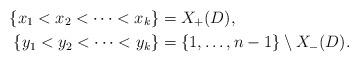
LaTeX: \begin{align*}\{x_1 < x_2 < \cdots < x_k\} & = X_+(D),\\ \{y_1 < y_2 < \cdots < y_k \} & = \{1, \dotsc, n-1\} \setminus X_-(D).\end{align*}